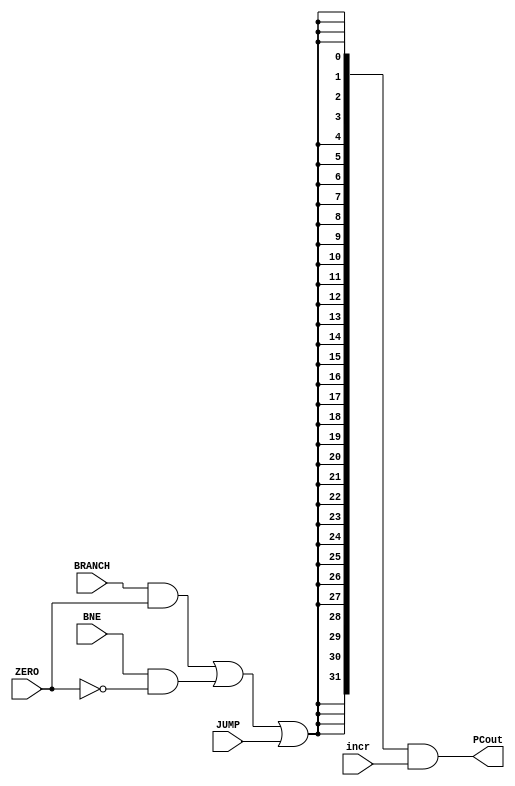
 `timescale  1ns/100ps
module adder(BNE,BRANCH,JUMP,ZERO,incr,PCout);

input BRANCH,JUMP,ZERO,BNE; 
input [31:0]incr;
output [31:0]PCout;

reg [7:0] out5;
reg [9:0] offset;
reg [31:0]offset_t =32'b0; //register to store PCout value

reg [31:0] out10;

wire out1,out2,out3,out4,out6;

/*out4=1 when -> BRANCH and ZERO signals are high ,
              -> BNE signal is high and ZERO signal is low ,
			  -> JUMP signal is high  */

and a1(out1,BRANCH,ZERO);
not not1(out6,ZERO);
and a2(out2,BNE,out6);
or or1(out3,out1,out2);
or or2(out4,out3,JUMP);

always @(*)
begin

	out10=$signed(out4);
	offset_t= out10&incr ;
	

end

assign  PCout =$signed(offset_t);


endmodule